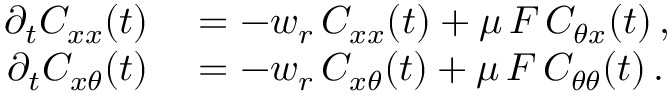
\begin{array} { r l } { \partial _ { t } C _ { x x } ( t ) } & { { } = - w _ { r } \, C _ { x x } ( t ) + \mu \, { \cal F } \, C _ { \theta x } ( t ) \, , } \\ { \partial _ { t } C _ { x \theta } ( t ) } & { { } = - w _ { r } \, C _ { x \theta } ( t ) + \mu \, { \cal F } \, C _ { \theta \theta } ( t ) \, . } \end{array}